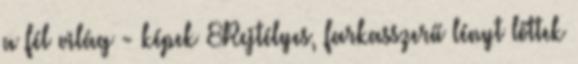
a fél világ - képek 8Rejtélyes, farkasszerű lényt lőttek